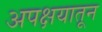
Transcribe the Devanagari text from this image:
अपक्षयातून